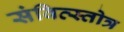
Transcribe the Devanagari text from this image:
संवित्स्तोत्र